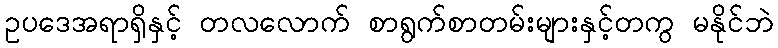
ဥပဒေအရာရှိနှင့် တလလောက် စာရွက်စာတမ်းများနှင့်တကွ မနိုင်ဘဲ